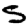
Digit: 5